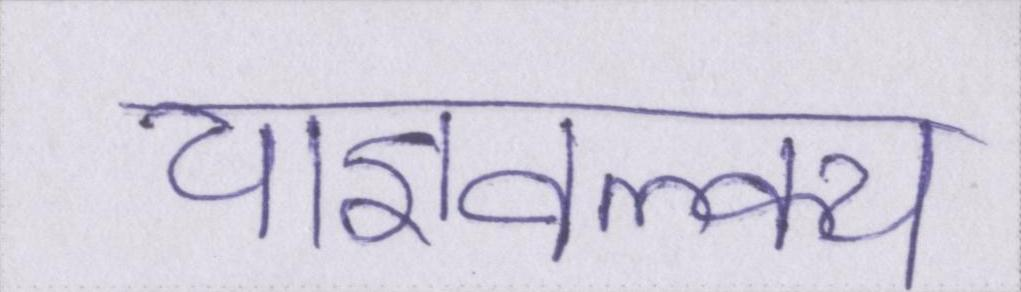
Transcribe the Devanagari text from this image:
याज्ञवल्क्य